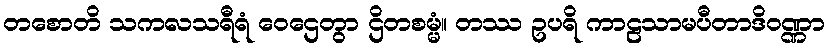
တစောတိ သကလသရီရံ ဝေဌေတွာ ဌိတစမ္မံ။ တဿ ဥပရိ ကာဠသာမပီတာဒိဝဏ္ဏာ